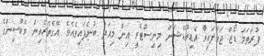
ފުރަތަމަ ޑޯޒް ޖަހާފައިވާ އެޑިއުކޭޝަން މިނިސްޓްރީ އިން މިއަދު ބުނެފައިވެއެވެ. އޭގެތެރެއިން ވެކްސިންގެ